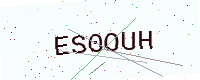
Text: ES0OUH